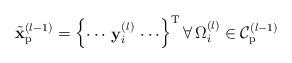
LaTeX: \begin{align*}\tilde{\mathbf{x}}_{\mathrm{p}}^{(l-1)} &= \begin{Bmatrix} \cdots \, \mathbf{y}_{i}^{(l)} \, \cdots \end{Bmatrix}^{\mathrm{T}} \forall \, \Omega_{i}^{(l)} \in \mathcal{C}_{\mathrm{p}}^{(l-1)} \end{align*}